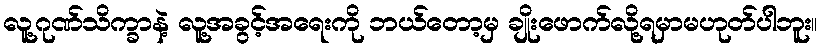
လူ့ဂုဏ်သိက္ခာနဲ့ လူ့အခွင့်အရေးကို ဘယ်တော့မှ ချိုးဖောက်လို့ရမှာမဟုတ်ပါဘူး။